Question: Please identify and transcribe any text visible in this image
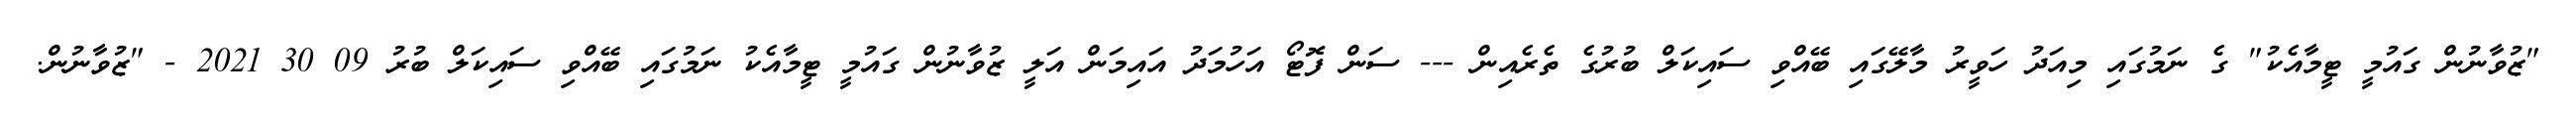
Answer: "ޒުވާނުން ގައުމީ ޓީމާއެކު" ގެ ނަމުގައި މިއަދު ހަވީރު މާލޭގައި ބޭއްވި ސައިކަލް ބުރުގެ ތެރެއިން --- ސަން ފޮޓޯ އަހުމަދު އައިމަން އަލީ ޒުވާނުން ގައުމީ ޓީމާއެކު ނަމުގައި ބޭއްވި ސައިކަލް ބުރު 09 30 2021 - "ޒުވާނުން.